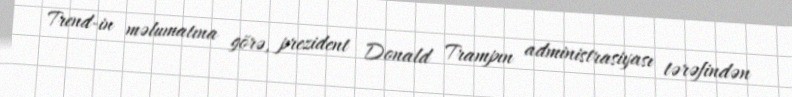
Trend-in məlumatına görə, prezident Donald Trampın administrasiyası tərəfindən